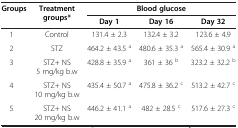
<table><thead><tr><td><b>Groups</b></td><td><b>Treatment groups*</b></td><td colspan="3"><b>Blood glucose</b></td></tr><tr><td><b> </b></td><td><b> </b></td><td><b>Day 1</b></td><td><b>Day 16</b></td><td><b>Day 32</b></td></tr></thead><tbody><tr><td> 1</td><td>Control</td><td>131.4 ± 2.3</td><td>132.4 ± 3.2</td><td>123.6 ± 4.9</td></tr><tr><td> 2</td><td>STZ</td><td>464.2 ± 43.5 <sup>a</sup></td><td>480.6 ± 35.3 <sup>a</sup></td><td>565.4 ± 30.9 <sup>a</sup></td></tr><tr><td> 3</td><td>STZ+ NS 5 mg/kg b.w</td><td>428.8 ± 35.9 <sup>a</sup></td><td>361 ± 36 <sup>b</sup></td><td>323.2 ± 32.2 <sup>b</sup></td></tr><tr><td> 4</td><td>STZ+ NS 10 mg/kg b.w</td><td>435.4 ± 50.7 <sup>a</sup></td><td>475.8 ± 36.2 <sup>c</sup></td><td>513.2 ± 42.7 <sup>c</sup></td></tr><tr><td> 5</td><td>STZ+ NS 20 mg/kg b.w</td><td>446.2 ± 41.1 <sup>a</sup></td><td>482 ± 28.5 <sup>c</sup></td><td>517.6 ± 27.3 <sup>c</sup></td></tr></tbody></table>